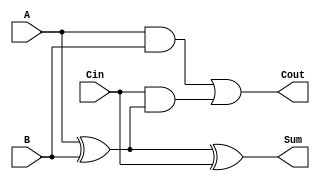
module FullAdder (
    input wire A,      // First input bit
    input wire B,      // Second input bit
    input wire Cin,    // Carry-in bit
    output wire Sum,   // Sum output
    output wire Cout   // Carry-out output
);

// Intermediate signals
wire AxorB;

// Sum calculation using XOR gates
assign AxorB = A ^ B;        // First XOR gate
assign Sum = AxorB ^ Cin;    // Second XOR gate for final Sum

// Carry-out calculation using AND and OR gates
assign Cout = (A & B) | (Cin & AxorB); // Cout logic

endmodule